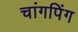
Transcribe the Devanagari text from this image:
चांगपिंग